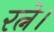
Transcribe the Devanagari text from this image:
रत्ने।